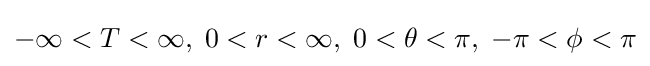
-\infty <T<\infty ,\;0<r<\infty ,\;0<\theta <\pi ,\;-\pi <\phi <\pi